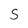
Character: S